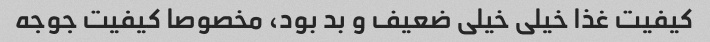
کیفیت غذا خیلی خیلی ضعیف و بد بود، مخصوصا کیفیت جوجه